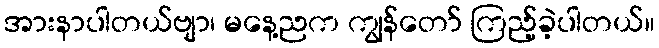
အားနာပါတယ်ဗျာ၊ မနေ့ညက ကျွန်တော် ကြည့်ခဲ့ပါတယ်။